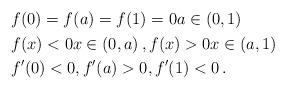
LaTeX: \begin{align*}\begin{aligned}& f (0) = f(a) = f (1) = 0 a \in (0,1) \\& f(x) < 0 x \in (0,a) \, , f(x) > 0 x \in (a,1) \\& f^\prime (0) < 0 , f^\prime (a) > 0, f^\prime (1) < 0\, . \end{aligned}\end{align*}